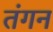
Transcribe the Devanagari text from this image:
तंगन